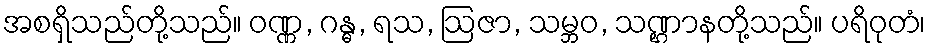
အစရှိသည်တို့သည်။ ဝဏ္ဏ, ဂန္ဓ, ရသ, ဩဇာ, သမ္ဘဝ, သဏ္ဌာနတို့သည်။ ပရိဝုတံ၊